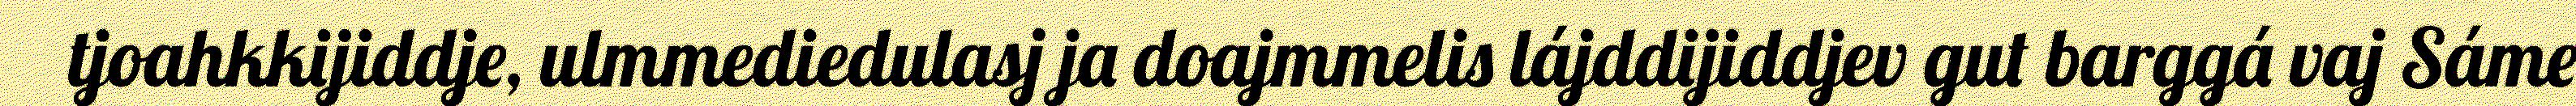
tjoahkkijiddje, ulmmediedulasj ja doajmmelis lájddijiddjev gut barggá vaj Sáme